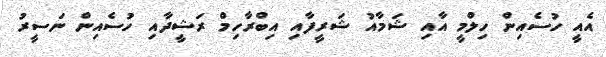
އެއީ ހުސެއިން ހިލްމީ އާއި ޝަމާއު ޝަރީފާއި އިބްރާހިމް ރަޝީދާއި ހުސެއިން ނަސީރު